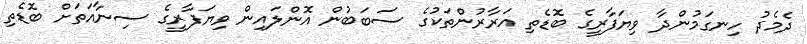
ދެމެދު ހިނގަމުންދާ ވިޔަފާރީގެ ބޮޑެތި އަރާރުންތަކުގެ ސަބަބުން އޮންލައިން ވިޔަފާރީގެ ސިނާއަތަށް ބޮޑެތި